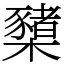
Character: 櫫